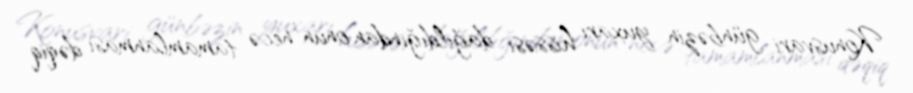
Konusvari günbəzin yuxarı hissəsi dağıldığından onun necə tamamlanması dəqiq